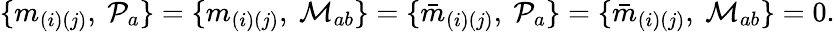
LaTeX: \{ m_{(i)(j)},\ {\cal P}_{a}\} =\{ m_{(i)(j)},\ {\cal M}_{ab}\} =\{ {\bar{m}}_{(i)(j)},\ {\cal P}_{a}\} =\{ {\bar{m}}_{(i)(j)},\ {\cal M}_{ab}\} =0.